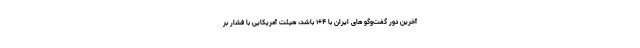
آخرین دور گفت‌وگو های ایران با ۴+۱ باشد، هیئت آمریکایی با فشار بر